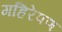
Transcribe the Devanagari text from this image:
गहिरेपण